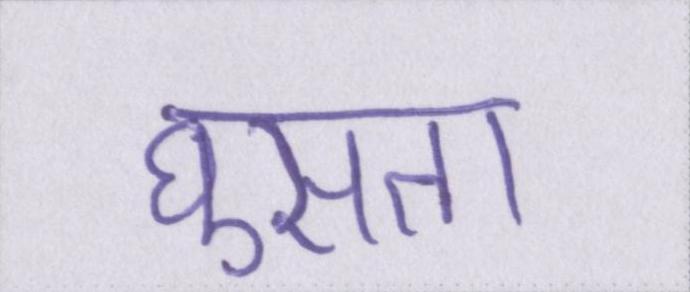
घुसता